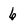
Character: 6